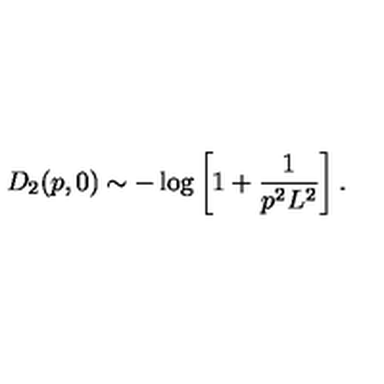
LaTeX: D _ { 2 } ( p , 0 ) \sim - \log \left[ 1 + \frac { 1 } { p ^ { 2 } L ^ { 2 } } \right] .